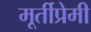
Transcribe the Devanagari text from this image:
मूर्तीप्रेमी